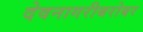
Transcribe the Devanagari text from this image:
देवनागरीबरोबर